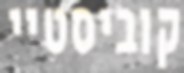
קוביסטיי